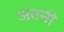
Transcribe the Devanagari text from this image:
अतनी